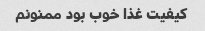
کیفیت غذا خوب بود ممنونم